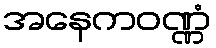
အနေကဝဏ္ဏံ